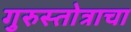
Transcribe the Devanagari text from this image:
गुरुस्तोत्राचा